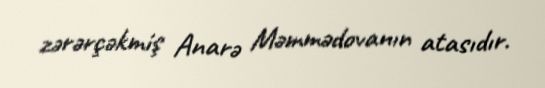
zərərçəkmiş Anarə Məmmədovanın atasıdır.